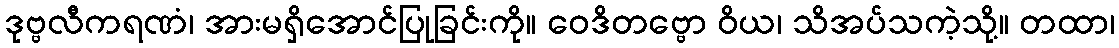
ဒုဗ္ဗလီကရဏံ၊ အားမရှိအောင်ပြုခြင်းကို။ ဝေဒိတဗ္ဗော ဝိယ၊ သိအပ်သကဲ့သို့။ တထာ၊